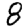
Digit: 8